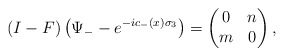
\begin{align*}(I-F)\left(\Psi_--e^{-ic_-(x)\sigma_3}\right) =\begin{pmatrix}0&n\\m&0\end{pmatrix}, \end{align*}